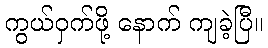
ကွယ်ဝှက်ဖို့ နောက် ကျခဲ့ပြီ။